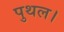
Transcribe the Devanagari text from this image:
पुथल।